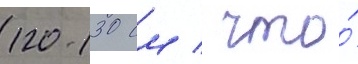
120-130 см / что́